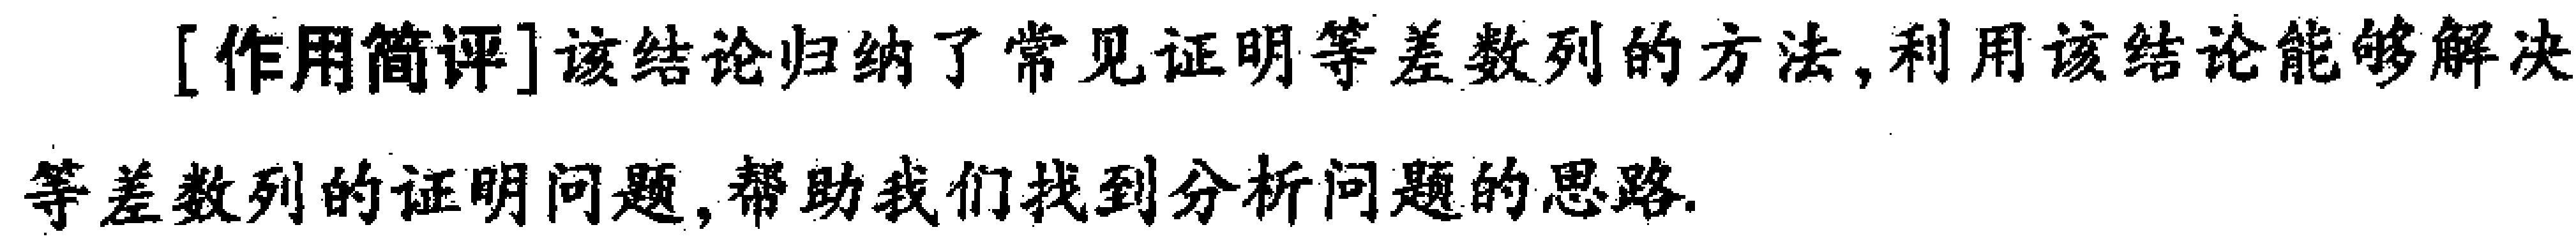
[作用简评]该结论归纳了常见证明等差数列的方法,利用该结论能够解决等差数列的证明问题,帮助我们找到分析问题的思路.